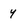
Character: 4